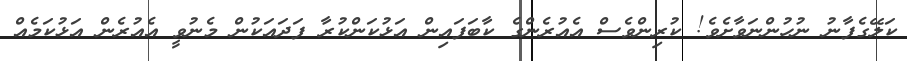
ކަލޭގެފާނު ނުހުންނަވާށެވެ! ކުރިންވެސް އެއުރެންގެ ކާބަފައިން އަޅުކަންކުރާ ފަދައަކުން މެނުވީ އެއުރެން އަޅުކަމެއް